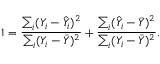
1 = { \frac { \sum _ { i } ( Y _ { i } - { \hat { Y } } _ { i } ) ^ { 2 } } { \sum _ { i } ( Y _ { i } - { \bar { Y } } ) ^ { 2 } } } + { \frac { \sum _ { i } ( { \hat { Y } } _ { i } - { \bar { Y } } ) ^ { 2 } } { \sum _ { i } ( Y _ { i } - { \bar { Y } } ) ^ { 2 } } } .